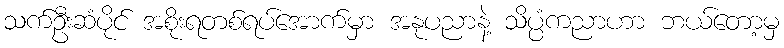
သက်ဦးဆံပိုင် အစိုးရတစ်ရပ်အောက်မှာ အနုပညာနဲ့ သိပ္ပံကညာဟာ ဘယ်တော့မှ